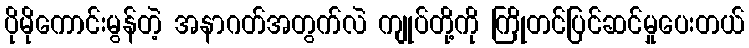
ပိုမိုကောင်းမွန်တဲ့ အနာဂတ်အတွက်လဲ ကျုပ်တို့ကို ကြိုတင်ပြင်ဆင်မှုပေးတယ်